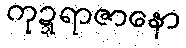
ကုဍ္ဍရာဇာနော